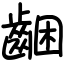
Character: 齫